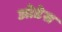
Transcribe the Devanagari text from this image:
ओडेस